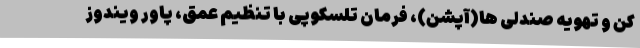
کن و تهویه صندلی ها(آپشن)، فرمان تلسکوپی با تنظیم عمق، پاور ویندوز